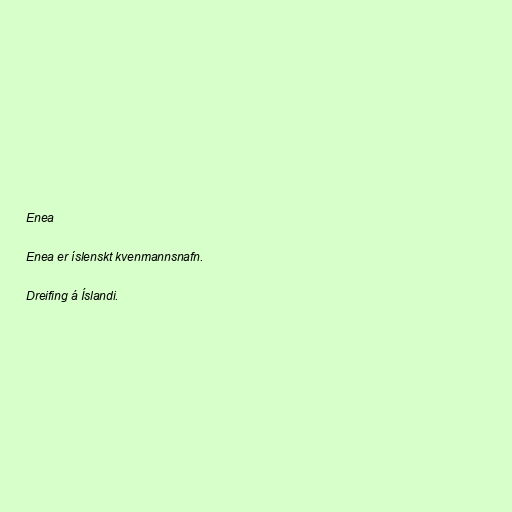
Enea

Enea er íslenskt kvenmannsnafn.

Dreifing á Íslandi.